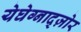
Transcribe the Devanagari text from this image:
येघेग्नाद्ज़ोर